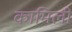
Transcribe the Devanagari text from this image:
कामिली